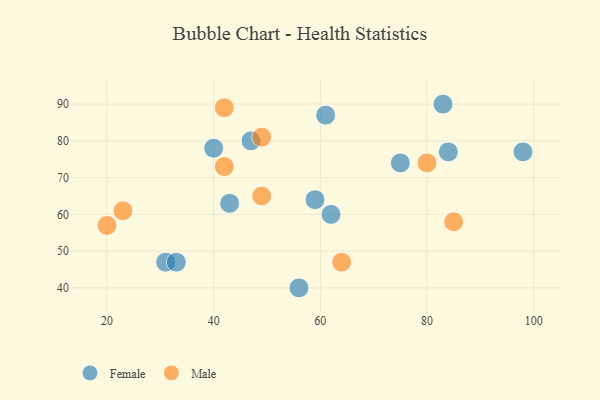
{"axis": {"x": "GDP", "y": "Life Expectancy"}, "legend": ["Female", "Male"], "data": [{"x": "84", "y": 77, "type": "Female"}, {"x": "75", "y": 74, "type": "Female"}, {"x": "62", "y": 60, "type": "Female"}, {"x": "59", "y": 64, "type": "Female"}, {"x": "83", "y": 90, "type": "Female"}, {"x": "31", "y": 47, "type": "Female"}, {"x": "98", "y": 77, "type": "Female"}, {"x": "61", "y": 87, "type": "Female"}, {"x": "33", "y": 47, "type": "Female"}, {"x": "47", "y": 80, "type": "Female"}, {"x": "43", "y": 63, "type": "Female"}, {"x": "40", "y": 78, "type": "Female"}, {"x": "56", "y": 40, "type": "Female"}, {"x": "64", "y": 47, "type": "Male"}, {"x": "80", "y": 74, "type": "Male"}, {"x": "42", "y": 73, "type": "Male"}, {"x": "49", "y": 65, "type": "Male"}, {"x": "23", "y": 61, "type": "Male"}, {"x": "20", "y": 57, "type": "Male"}, {"x": "85", "y": 58, "type": "Male"}, {"x": "49", "y": 81, "type": "Male"}, {"x": "42", "y": 89, "type": "Male"}]}